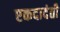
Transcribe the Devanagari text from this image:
एकदादंती